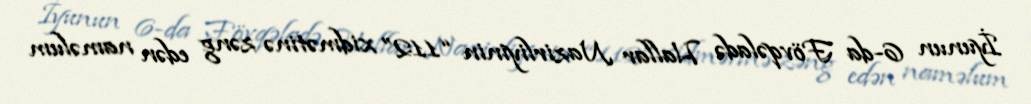
İyunun 6-da Fövqəladə Hallar Nazirliyinin “112” xidmətinə zəng edən naməlum